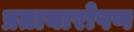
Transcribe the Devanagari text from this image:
प्रतायारोपण